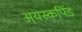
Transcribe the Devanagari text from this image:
अयस्कपिंड